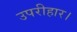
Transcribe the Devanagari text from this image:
उपरीहार।